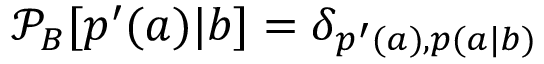
\mathcal { P } _ { B } [ p ^ { \prime } ( a ) | b ] = \delta _ { p ^ { \prime } ( a ) , p ( a | b ) }